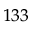
^ { 1 3 3 }